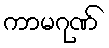
ကာမဂုဏ်